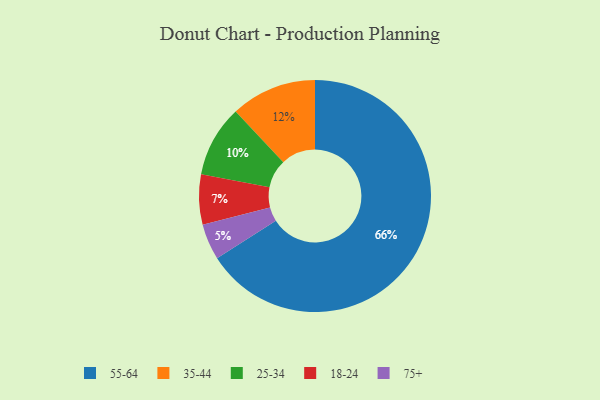
{"axis": {"x": "Category", "y": "Percentage"}, "legend": ["18-24", "25-34", "35-44", "55-64", "75+"], "data": [{"x": "18-24", "y": 7, "type": "18-24"}, {"x": "75+", "y": 5, "type": "75+"}, {"x": "25-34", "y": 10, "type": "25-34"}, {"x": "35-44", "y": 12, "type": "35-44"}, {"x": "55-64", "y": 66, "type": "55-64"}]}